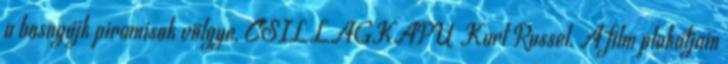
a bosnyájk piramisok völgye. CSILLAGKAPU Kurt Russel. A film plakátjain